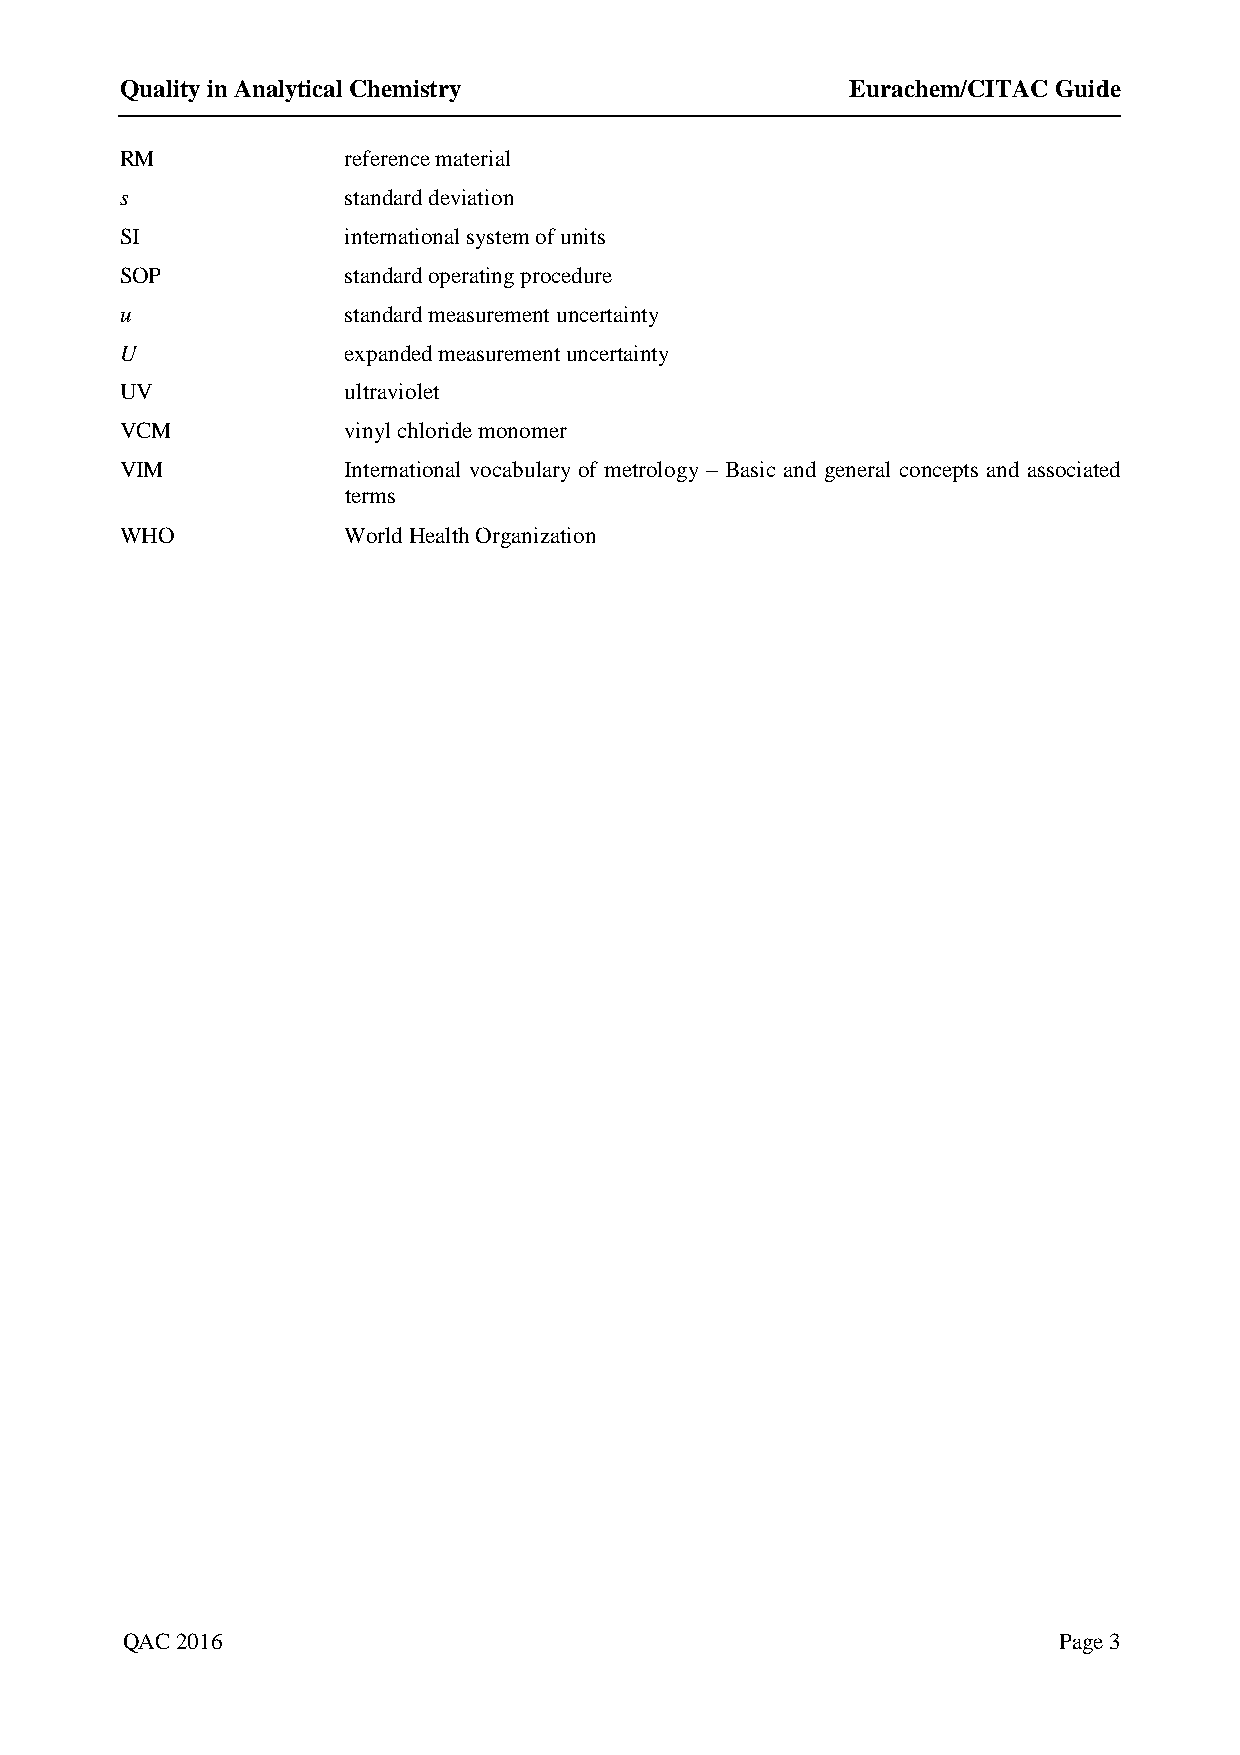
Quality in Analytical Chemistry                 Eurachem/CITAC Guide
 RM             reference material
 s              standard deviation
 SI             international system of units
 SOP            standard operating procedure
 u              standard measurement uncertainty
 U              expanded measurement uncertainty
 UV             ultraviolet
 VCM            vinyl chloride monomer
 VIM            International vocabulary of metrology – Basic and general concepts and associated
 terms
 WHO            World Health Organization
 QAC 2016                                                      Page 3